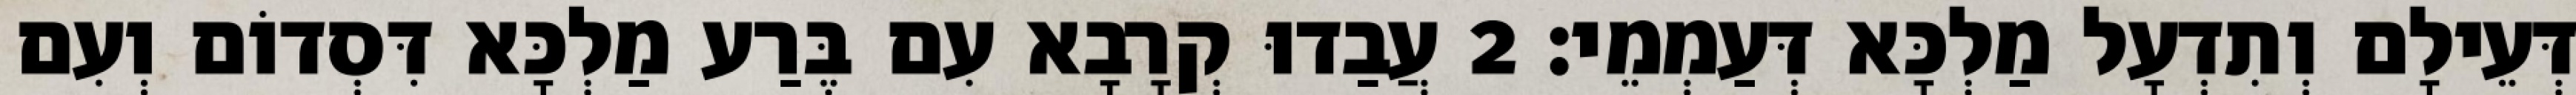
דְּעֵילָם וְתִדְעָל מַלְכָּא דְּעַמְמֵי׃ 2 עֲבַדוּ קְרָבָא עִם בֶּרַע מַלְכָּא דִּסְדוֹם וְעִם